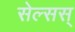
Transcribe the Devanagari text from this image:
सेल्सस्